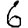
Digit: 6